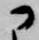
に